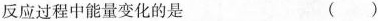
反应过程中能量变化的是 ()